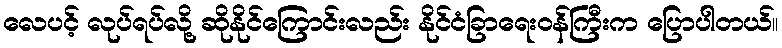
လေပင့် လုပ်ရပ်လို့ ဆိုနိုင်ကြောင်းလည်း နိုင်ငံခြာရေးဝန်ကြီးက ပြောပါတယ်။